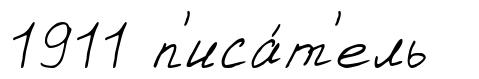
1911 п'иса́т'ель